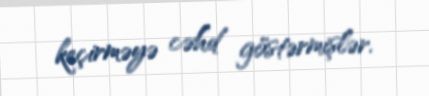
keçirməyə cəhd göstərmişlər.